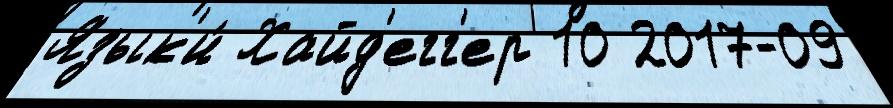
Язык'и́ Хайд'егг'ер 10 2017-09